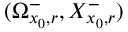
( \Omega _ { x _ { 0 } , r } ^ { - } , X _ { x _ { 0 } , r } ^ { - } )